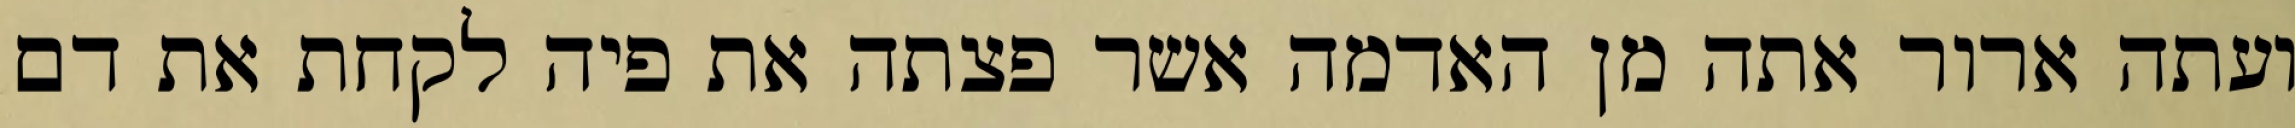
ועתה ארור אתה מן האדמה אשר פצתה את פיה לקחת את דם